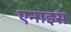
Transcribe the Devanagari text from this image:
एनाइस